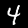
Label: 4